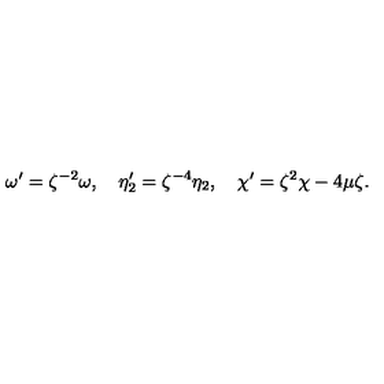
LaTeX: \omega ^ { \prime } = \zeta ^ { - 2 } \omega , \quad \eta _ { 2 } ^ { \prime } = \zeta ^ { - 4 } \eta _ { 2 } , \quad \chi ^ { \prime } = \zeta ^ { 2 } \chi - 4 \mu \zeta .